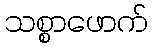
သစ္စာဖောက်